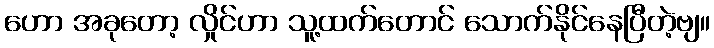
ဟော အခုတော့ လှိုင်ဟာ သူ့ထက်တောင် သောက်နိုင်နေပြီတဲ့ဗျ။